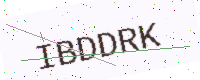
Text: IBDDRK